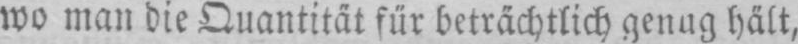
wo man die Quantität für beträchtlich genug hält,